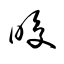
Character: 晙